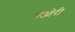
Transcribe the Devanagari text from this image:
थेओरी